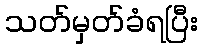
သတ်မှတ်ခံရပြီး